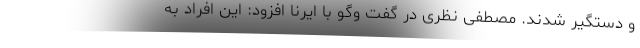
و دستگیر شدند. مصطفی نظری در گفت وگو با ایرنا افزود: این افراد به